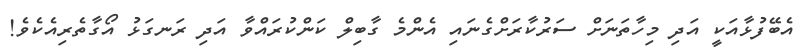
އެބޭފުޅާއަކީ އަދި މިހާތަނަށް ސަރުކާރަށްގެނައި އެންމެ ގާބިލް ކަންކުރައްވާ އަދި ރަނގަޅު އޯގާތެރިއެކެވެ!